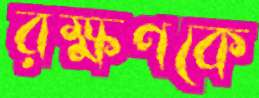
রক্ষণকে